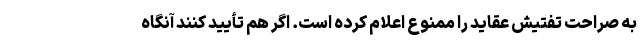
به صراحت تفتیش عقاید را ممنوع اعلام کرده است. اگر هم تأیید کنند آنگاه